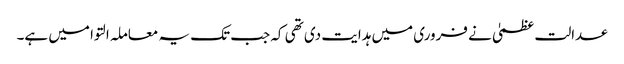
عدالت عظمیٰ نے فروری میں ہدایت دی تھی کہ جب تک یہ معاملہ التوا میں ہے۔